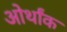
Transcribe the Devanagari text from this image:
ओर्थांक